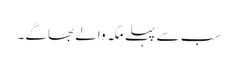
سب سے پہلے مکہ والے بھاگے۔